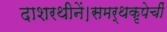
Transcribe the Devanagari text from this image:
दाशरथीनें।समर्थकृपेचीं